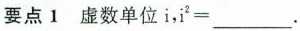
要点1 虚数单位i，i²=\underline.